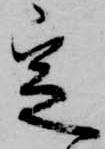
定